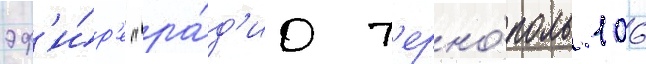
эф'и́р'е "ра́д'ио т'ерно́поль 106